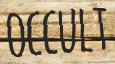
OCCULT